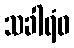
သခါရံဝ